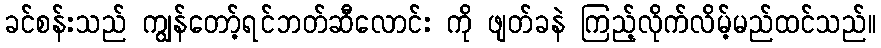
ခင်စန်းသည် ကျွန်တော့်ရင်ဘတ်ဆီလောင်း ကို ဖျတ်ခနဲ ကြည့်လိုက်လိမ့်မည်ထင်သည်။